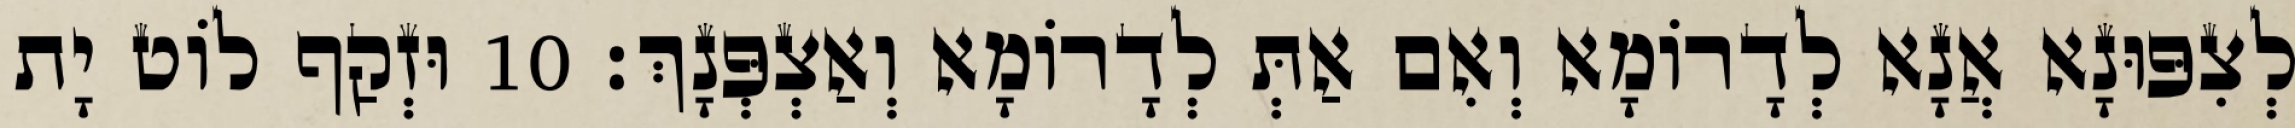
לְצִפּוּנָא אֲנָא לְדָרוֹמָא וְאִם אַתְּ לְדָרוֹמָא וְאַצְפְּנָךְ׃ 10 וּזְקַף לוֹט יָת